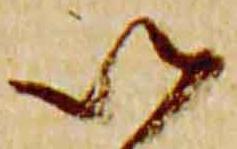
以